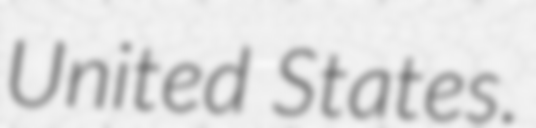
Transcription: United States.